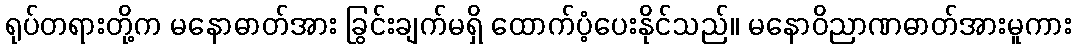
ရုပ်တရားတို့က မနောဓာတ်အား ခြွင်းချက်မရှိ ထောက်ပံ့ပေးနိုင်သည်။ မနောဝိညာဏဓာတ်အားမူကား